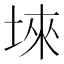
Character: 𱖹